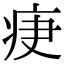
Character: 𤵵